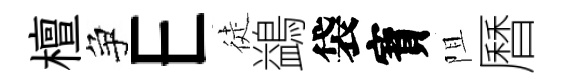
檀争E徒鷁袋寳阻曆